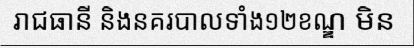
រាជធានី និងនគរបាលទាំង១២ខណ្ឌ មិន